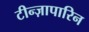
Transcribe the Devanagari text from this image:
टीन्ज़ापारिन